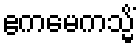
ဧကမေကသ္မိံ